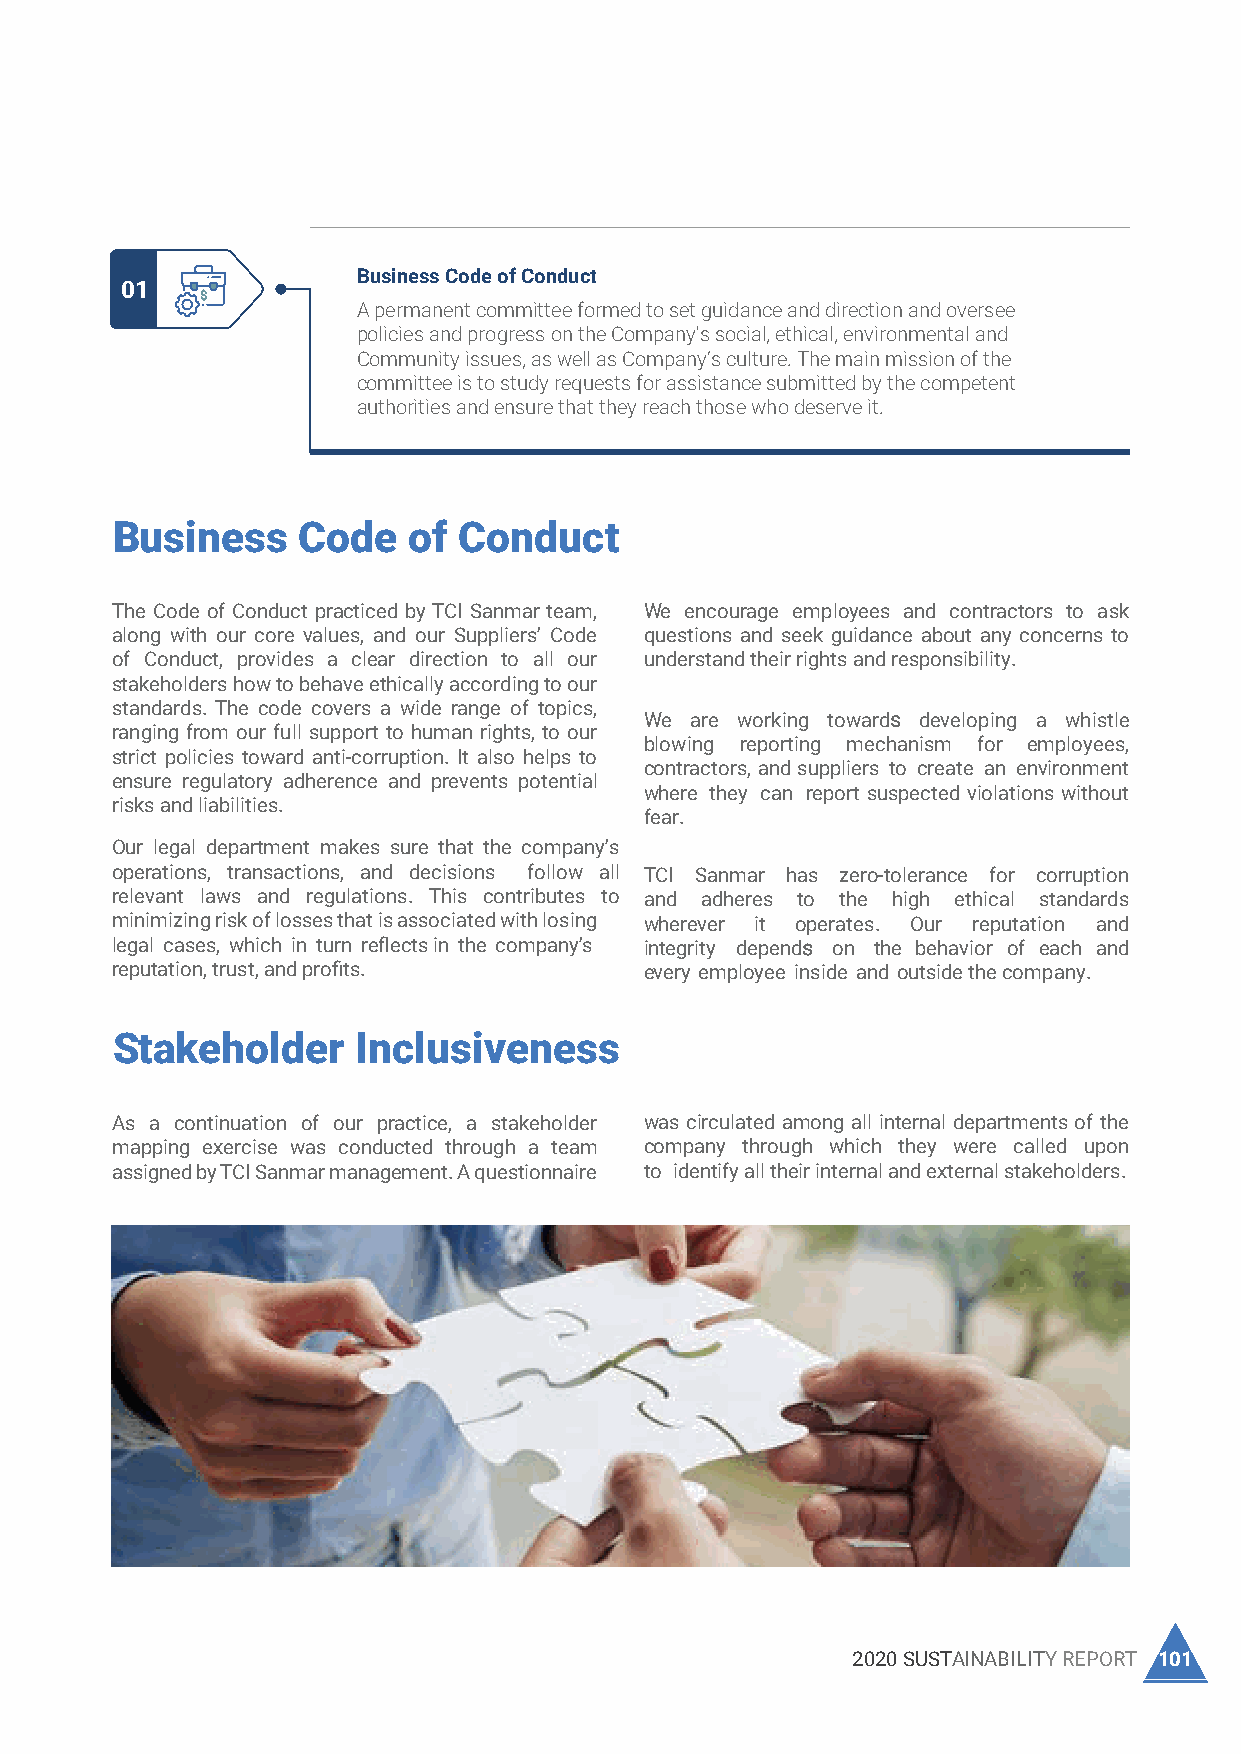
and instructions of handling fixed assets, and inventory stock and flow.
 is being fulfilled, Oversee the recruitment and compensation process of the
 employees, and Ensure human resources risks are appropriately identified
 Committees of the Board
 Business Code of Conduct
 01
 A permanent committee formed to set guidance and direction and oversee
 policies and progress on the Company's social, ethical, environmental and
 01 Cross Function Team  Community issues, as well as Company’s culture. The main mission of the
 committee is to study requests for assistance submitted by the competent
 The cross-function team was initiated to act as a middle level committee that
 authorities and ensure that they reach those who deserve it.
 communicates issues and risks to the top management to speed up the process
 of decision making. It is formed from representatives from all departments. Its
 main function is to discuss operational issues and suggest solutions to the top
 management. The cross-function team helped in solving many issues raised
 during the reporting period and proven to be a success model.
 Business     Code   of Conduct
 The Code of Conduct practiced by TCI Sanmar team, We encourage employees and contractors to ask
 02 Occupational Health and Safety Committee along with our core values, and our Suppliers’ Code questions and seek guidance about any concerns to
 of Conduct, provides a clear direction to all our understand their rights and responsibility.
 As a permanent committee convenes weekly, its mission is to review and examine
 stakeholders how to behave ethically according to our
 work conditions, root causes of accidents, injuries, occupational and chronic
 standards. The code covers a wide range of topics,
 diseases, and reviewing emergency plans.   We are working towards developing a whistle
 ranging from our full support to human rights, to our
 blowing reporting mechanism for employees,
 strict policies toward anti-corruption. It also helps to
 contractors, and suppliers to create an environment
 ensure regulatory adherence and prevents potential
 where they can report suspected violations without
 risks and liabilities.
 fear.
 03 Investment Committee Our legal department makes sure that the company’s
 operations, transactions, and decisions follow all TCI Sanmar has zero-tolerance for corruption
 An adhoc committee has a primary authority on developing the corporation's
 relevant laws and regulations. This contributes to and adheres to the high ethical standards
 investment objectives and corporate policies regarding investing.
 minimizing riskof losses that is associated with losing wherever it operates. Our reputation and
 legal cases, which in turn reflects in the company’s integrity depends on the behavior of each and
 reputation, trust, and profits.     every employee inside and outside the company.
 Annual Inventory Committee Stakeholder Inclusiveness
 04
 A Permanent committee convenes annually to assess the company’s assets,
 properties. It also oversees the implementation of the policies, procedures,
 and instructions of handling fixed assets, and inventory stock and flow. As a continuation of our practice, a stakeholder was circulated among all internal departments of the
 mapping exercise was conducted through a team company through which they were called upon
 assigned by TCI Sanmar management. A questionnaire to identify all their internal and external stakeholders.
 05 Human Resources Committee
 A Permanent committee is responsible for creating and monitoring values-based
 systems and policies to ensure that the organization is following local and state
 laws, and creating an attractive environment for current and prospective
 employees. The committee also responsible for the establishment of the overall
 philosophy for managing human resources within the organization and the
 desired corporate culture and providing the necessary governance to ensure this
 is being fulfilled, Oversee the recruitment and compensation process of the
 employees, and Ensure human resources risks are appropriately identified and
 mitigated in the strategic planning process.
 100 TCI SANMAR CHEMICALS S.A.E                          2020 SUSTAINABILITY REPORT 101